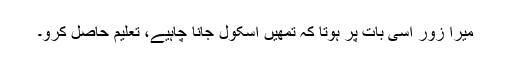
میرا زور اسی بات پر ہوتا کہ تمھیں اسکول جانا چاہیے، تعلیم حاصل کرو۔